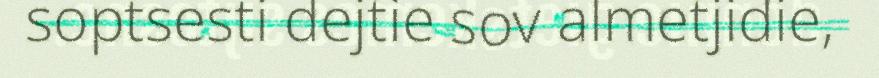
soptsesti dejtie sov almetjidie,